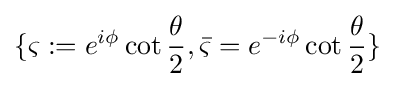
\{\varsigma :=e^{i\phi }\cot {\frac {\theta }{2}},{\bar {\varsigma }}=e^{-i\phi }\cot {\frac {\theta }{2}}\}